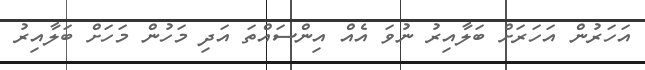
އަހަރުން އަހަރަށް ބަލާއިރު ނުވަ އެއް އިންސައްތަ އަދި މަހުން މަހަށް ބަލާއިރު